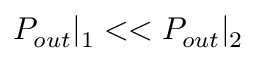
P _ { o u t } | _ { 1 } < < P _ { o u t } | _ { 2 }